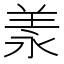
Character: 羕